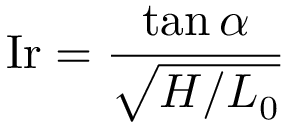
\mathrm { I r } = { \frac { \tan \alpha } { \sqrt { H / L _ { 0 } } } }